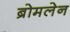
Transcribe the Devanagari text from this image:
ब्रोमलेन